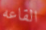
القاعه